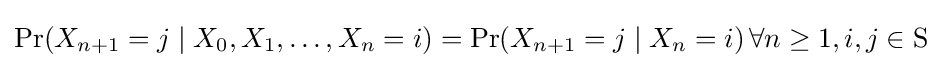
\Pr(X_{n+1}=j\mid X_{0},X_{1},\ldots ,X_{n}=i)=\Pr(X_{n+1}=j\mid X_{n}=i)\,\forall n\geq 1,i,j\in \mathrm {S}